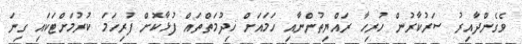
ވެގެންދާއިރު ސަރުކާރުން ހުރިހާ ރައްޔިތުންނާއި ހަމައަށް ޚިދުމަތްތައް ފުޅާކޮށް ފުރިހަމަ ކުރުމަށްޓަކައި ގިނަ